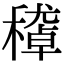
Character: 𥢔